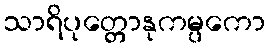
သာရိပုတ္တောနုကမ္ပကော